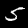
Label: 5